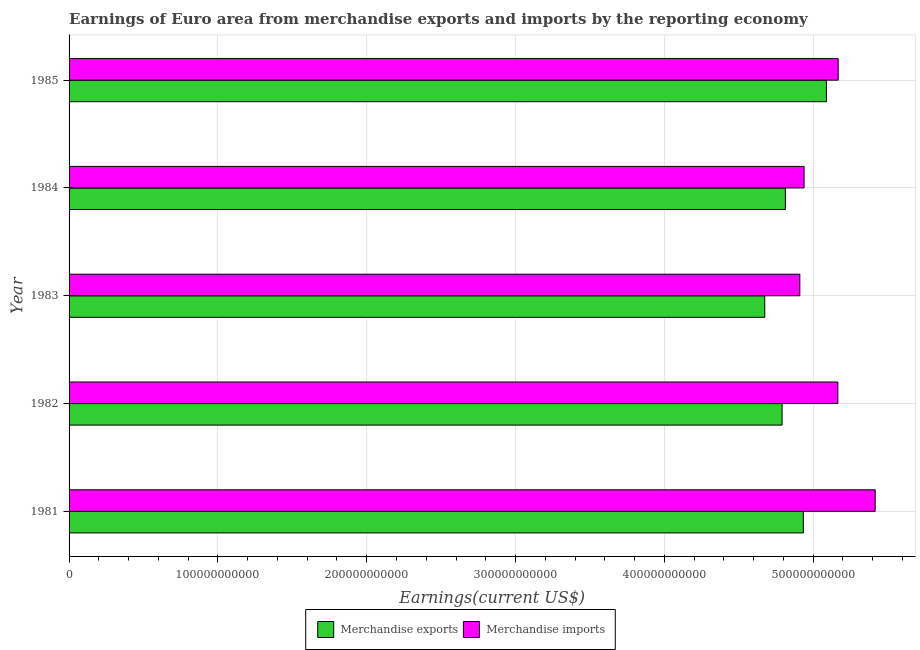
| Year | Merchandise exports | Merchandise imports |
 | --- | --- | --- |
 | 1981 | 4.93e+11 | 5.42e+11 |
 | 1982 | 4.79e+11 | 5.17e+11 |
 | 1983 | 4.67e+11 | 4.91e+11 |
 | 1984 | 4.81e+11 | 4.94e+11 |
 | 1985 | 5.09e+11 | 5.17e+11 |